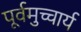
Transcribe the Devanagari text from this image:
पूर्वमुच्चार्य